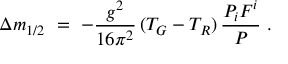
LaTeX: \Delta m _ { 1 / 2 } \ = \ - \frac { g ^ { 2 } } { 1 6 \pi ^ { 2 } } \, ( T _ { G } - T _ { R } ) \, \frac { P _ { i } F ^ { i } } { P } ~ .